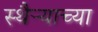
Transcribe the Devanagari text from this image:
स्थैऱ्याच्या